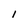
Character: I